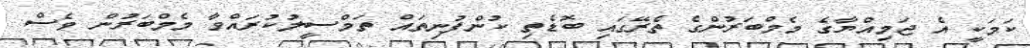
ކަމަކީ އެ ޖަމިއްޔާގެ މެމްބަރުންގެ ތެރޭގައި ބޮޑެތި ކުންފުނިތައް ތަމްސީލުކުރައްވާ މެމްބަރުން ވެސް